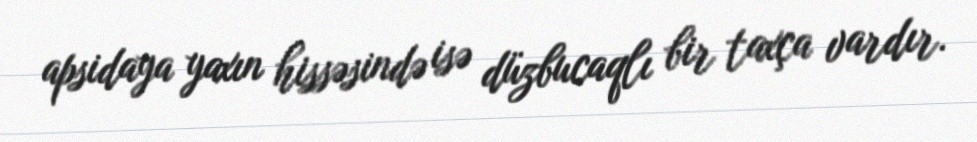
apsidaya yaxın hissəsində isə düzbucaqlı bir taxça vardır.